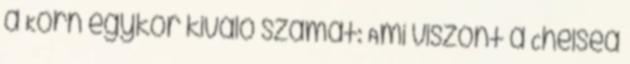
a Korn egykor kiváló számát: Ami viszont a Chelsea